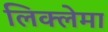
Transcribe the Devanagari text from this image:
लिक्लेमा